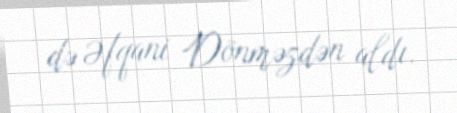
də Əfqani Dönməzdən aldı.